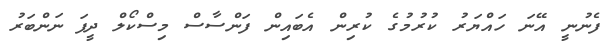
ފެނުނީ އޭނަ ހައްޔަރު ކުރުމުގެ ކުރިން އެބައިން ފަންސާސް މިސްކޯލް ދީފަ ނަންބަރު